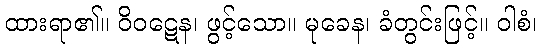
ထားရာ၏။ ဝိဝဋေန၊ ဖွင့်သော။ မုခေန၊ ခံတွင်းဖြင့်။ ဝါစံ၊